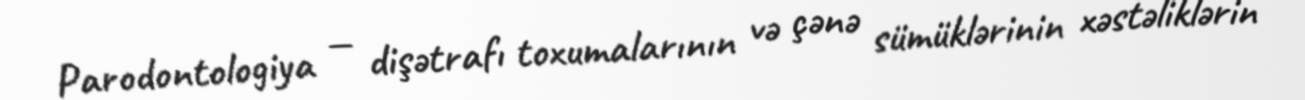
Parodontologiya — dişətrafı toxumalarının və çənə sümüklərinin xəstəliklərin